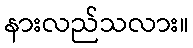
နားလည်သလား။